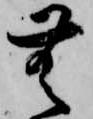
無